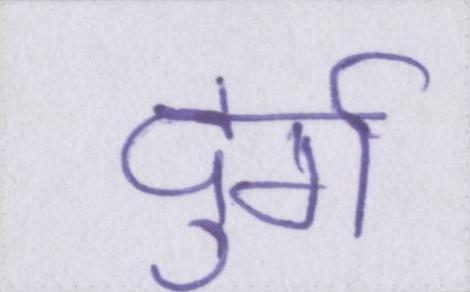
दुर्ग